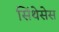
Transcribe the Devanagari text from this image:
सिंथेसेस